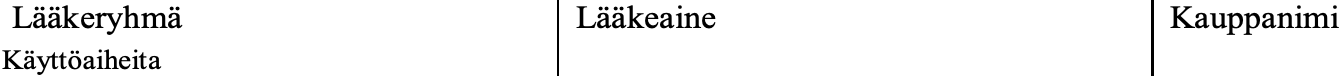
Lääkeryhmä        Lääkeaine           Kauppanimi Käyttöaiheita